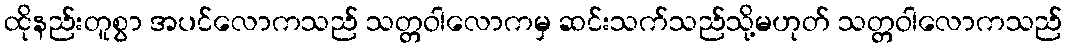
ထိုနည်းတူစွာ အပင်လောကသည် သတ္တဝါလောကမှ ဆင်းသက်သည်သို့မဟုတ် သတ္တဝါလောကသည်